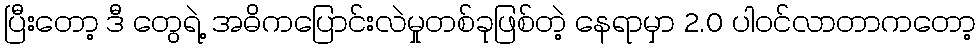
ပြီးတော့ ဒီ တွေရဲ့ အဓိကပြောင်းလဲမှုတစ်ခုဖြစ်တဲ့ နေရာမှာ 2.0 ပါဝင်လာတာကတော့